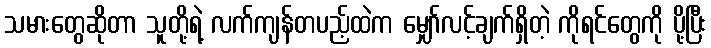
သမားတွေဆိုတာ သူတို့ရဲ့ လက်ကျန်တပည့်ထဲက မျှော်လင့်ချက်ရှိတဲ့ ကိုရင်တွေကို ပို့ပြီး